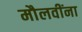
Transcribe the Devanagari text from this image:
मौलवींना